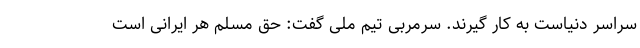
سراسر دنیاست به کار گیرند. سرمربی تیم ملی گفت: حق مسلم هر ایرانی است